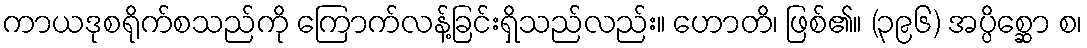
ကာယဒုစရိုက်စသည်ကို ကြောက်လန့်ခြင်းရှိသည်လည်း။ ဟောတိ၊ ဖြစ်၏။ (၃၉၆) အပ္ပိစ္ဆော စ၊